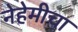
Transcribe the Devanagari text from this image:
नेहेमीचा